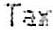
TAX